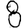
Digit: 8